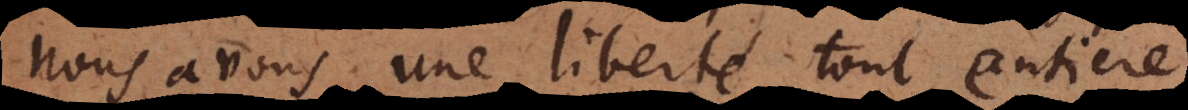
nous avons une liberté tout entiere